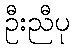
ဦးညီပု